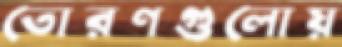
তোরণগুলোয়